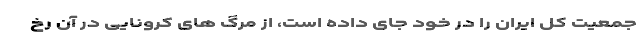
جمعیت کل ایران را در خود جای داده است، از مرگ های کرونایی در آن رخ